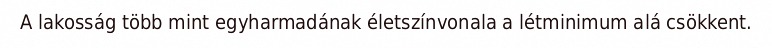
A lakosság több mint egyharmadának életszínvonala a létminimum alá csökkent.